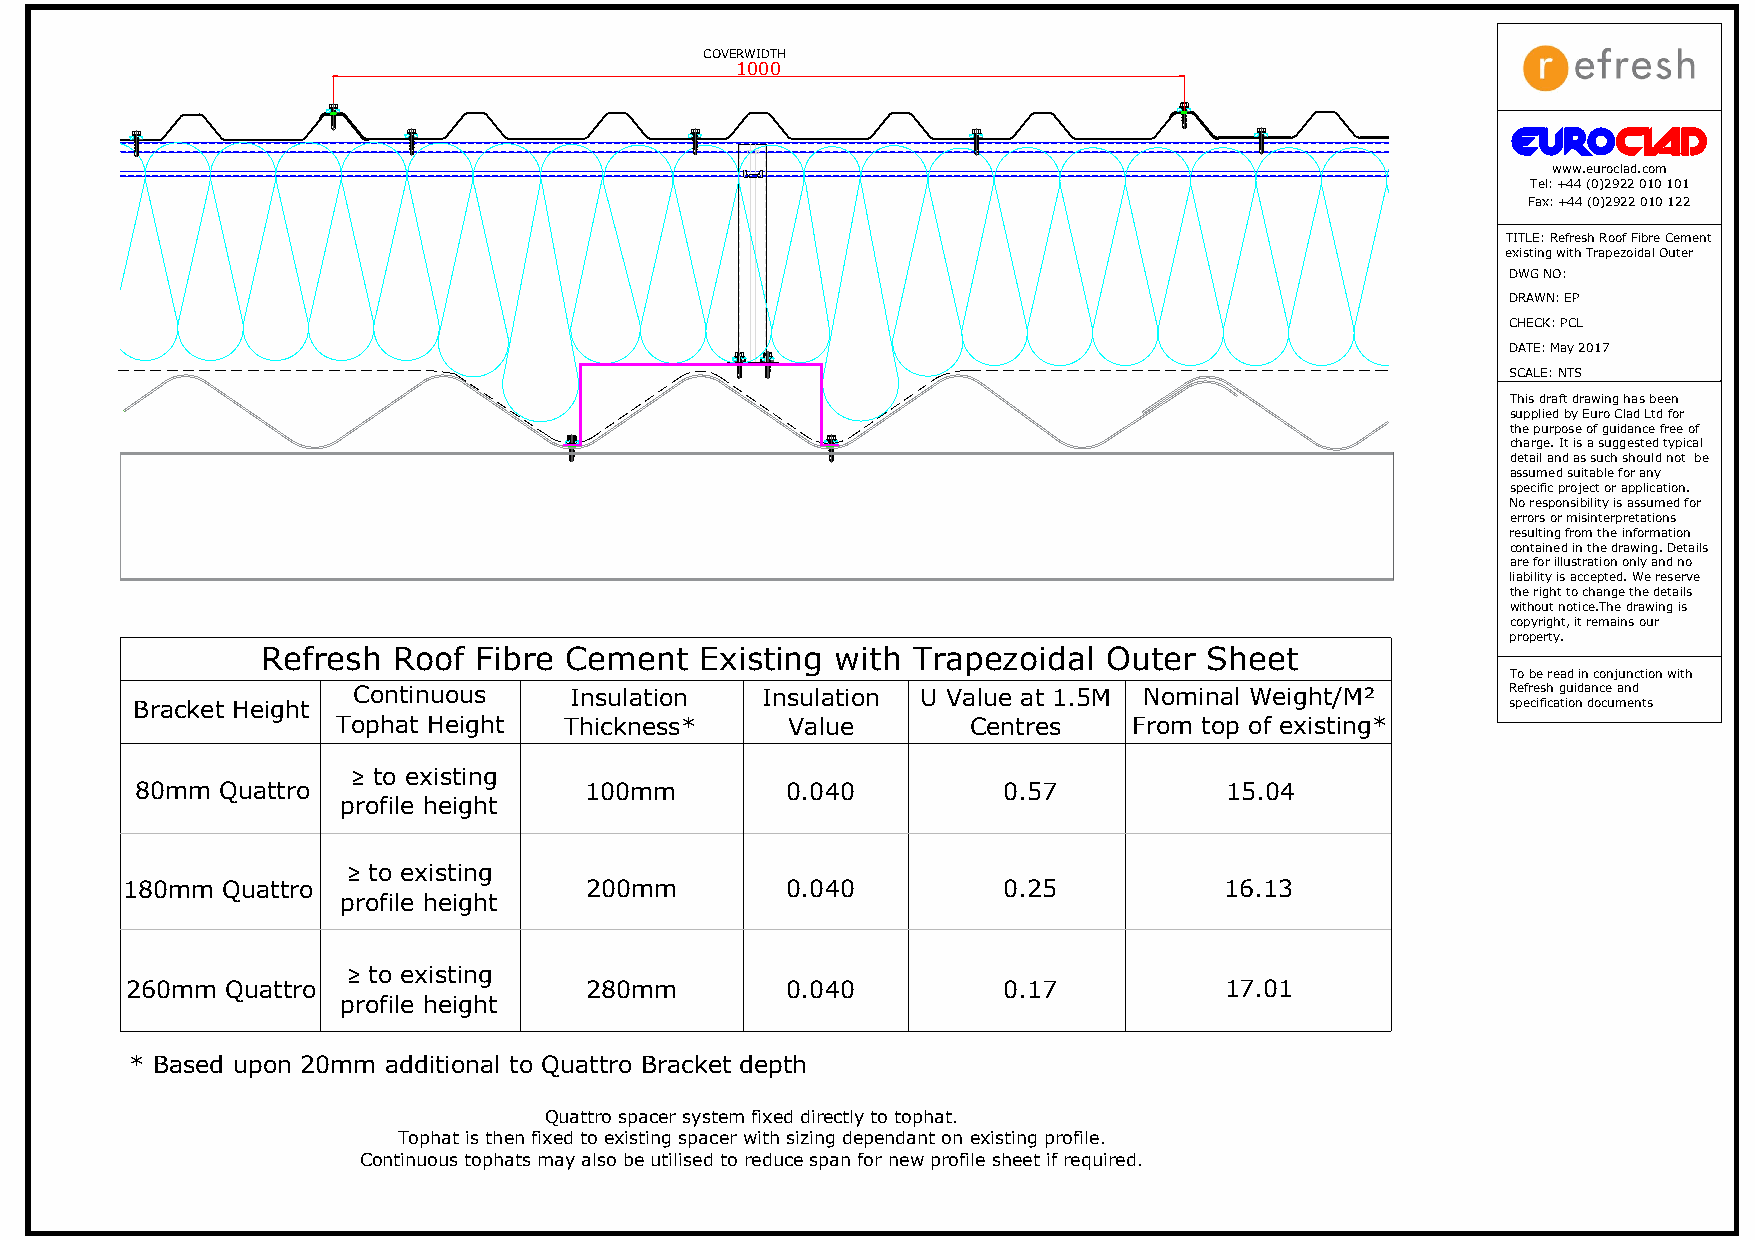
COVERWIDTH
 1000
 www.euroclad.com
 Tel: +44 (0)2922 010 101
 Fax: +44 (0)2922 010 122
 TITLE: Refresh Roof Fibre Cement
 existing with Trapezoidal Outer
 DWG NO:
 DRAWN: EP
 CHECK: PCL
 DATE: May 2017
 SCALE: NTS
 This draft drawing has been
 supplied by Euro Clad Ltd for
 the purpose of guidance free of
 charge. It is a suggested typical
 detail and as such should not be
 assumed suitable for any
 specific project or application.
 No responsibility is assumed for
 errors or misinterpretations
 resulting from the information
 contained in the drawing. Details
 are for illustration only and no
 liability is accepted. We reserve
 the right to change the details
 without notice.The drawing is
 copyright, it remains our
 property.
 Refresh  Roof Fibre Cement   Existing with Trapezoidal  Outer  Sheet
 To be read in conjunction with
 Continuous     Insulation  Insulation U Value at 1.5M Nominal Weight/M²      Refresh guidance and
 Bracket Height                                                                             specification documents
 Tophat Height  Thickness*     Value       Centres    From top of existing*
 ≥ to existing
 80mm  Quattro                 100mm        0.040         0.57           15.04
 profile height
 ≥ to existing
 180mm  Quattro                 200mm        0.040         0.25           16.13
 profile height
 ≥ to existing
 260mm  Quattro                 280mm        0.040         0.17           17.01
 profile height
 * Based upon 20mm additional to Quattro Bracket depth
 Quattro spacer system fixed directly to tophat.
 Tophat is then fixed to existing spacer with sizing dependant on existing profile.
 Continuous tophats may also be utilised to reduce span for new profile sheet if required.